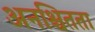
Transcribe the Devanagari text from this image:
अनश्चितता